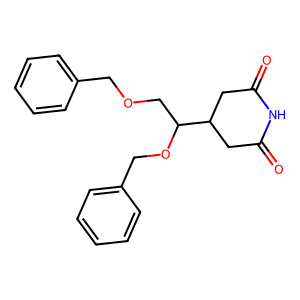
SMILES: O=C1CC(C(COCc2ccccc2)OCc2ccccc2)CC(=O)N1
Inhibits HIV replication: No